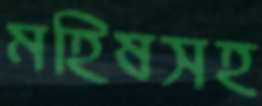
মহিষসহ